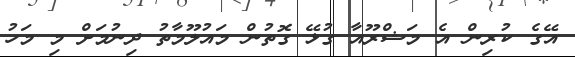
އޭގެ ކުރިން އެ މަޝްރޫއާ ގުޅޭ ގޮތުން މައުލޫމާތު ދިނުމަށް މި މަހު